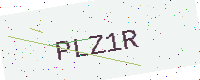
Text: PLZ1R